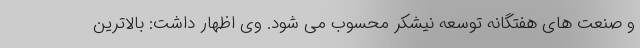
و صنعت های هفتگانه توسعه نیشکر محسوب می شود. وی اظهار داشت: بالاترین